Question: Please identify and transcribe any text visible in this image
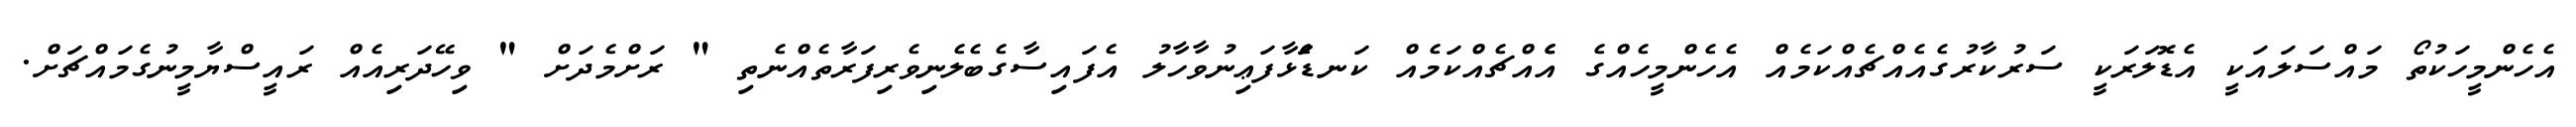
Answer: އެހެންމީހަކުތޯ މައްސަލައަކީ އެޑޮލަރަކީ ސަރުކާރުގެއެއްޗެއްކަމެއް އެހެންމީހެއްގެ އެެއްޗެއްކަމެއް ކަނޑަެަޅާފަޢިނުވާހާލު އެފައިސާގެބެލެނިވެރިފަރާތެއްނެތި " ރަށްމެދަށް " ވިހޭދަރިއެއް ރައީސްޔާމީނުގެމައްޗަށް.